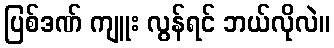
ပြစ်ဒဏ် ကျူး လွန်ရင် ဘယ်လိုလဲ။